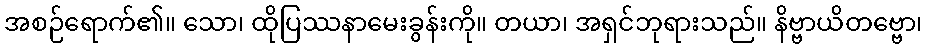
အစဉ်ရောက်၏။ သော၊ ထိုပြဿနာမေးခွန်းကို။ တယာ၊ အရှင်ဘုရားသည်။ နိဗ္ဗာယိတဗ္ဗော၊